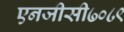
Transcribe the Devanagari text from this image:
एनजीसी७०८९